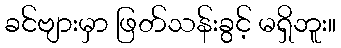
ခင်ဗျားမှာ ဖြတ်သန်းခွင့် မရှိဘူး။